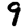
Digit: 9